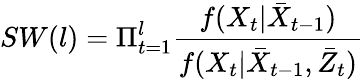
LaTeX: SW(l)=\Pi_{t=1}^{l}\frac{f(X_{t}|\bar{X}_{t-1})}{f(X_{t}|\bar{X}_{t-1},\bar{Z}_{t})}